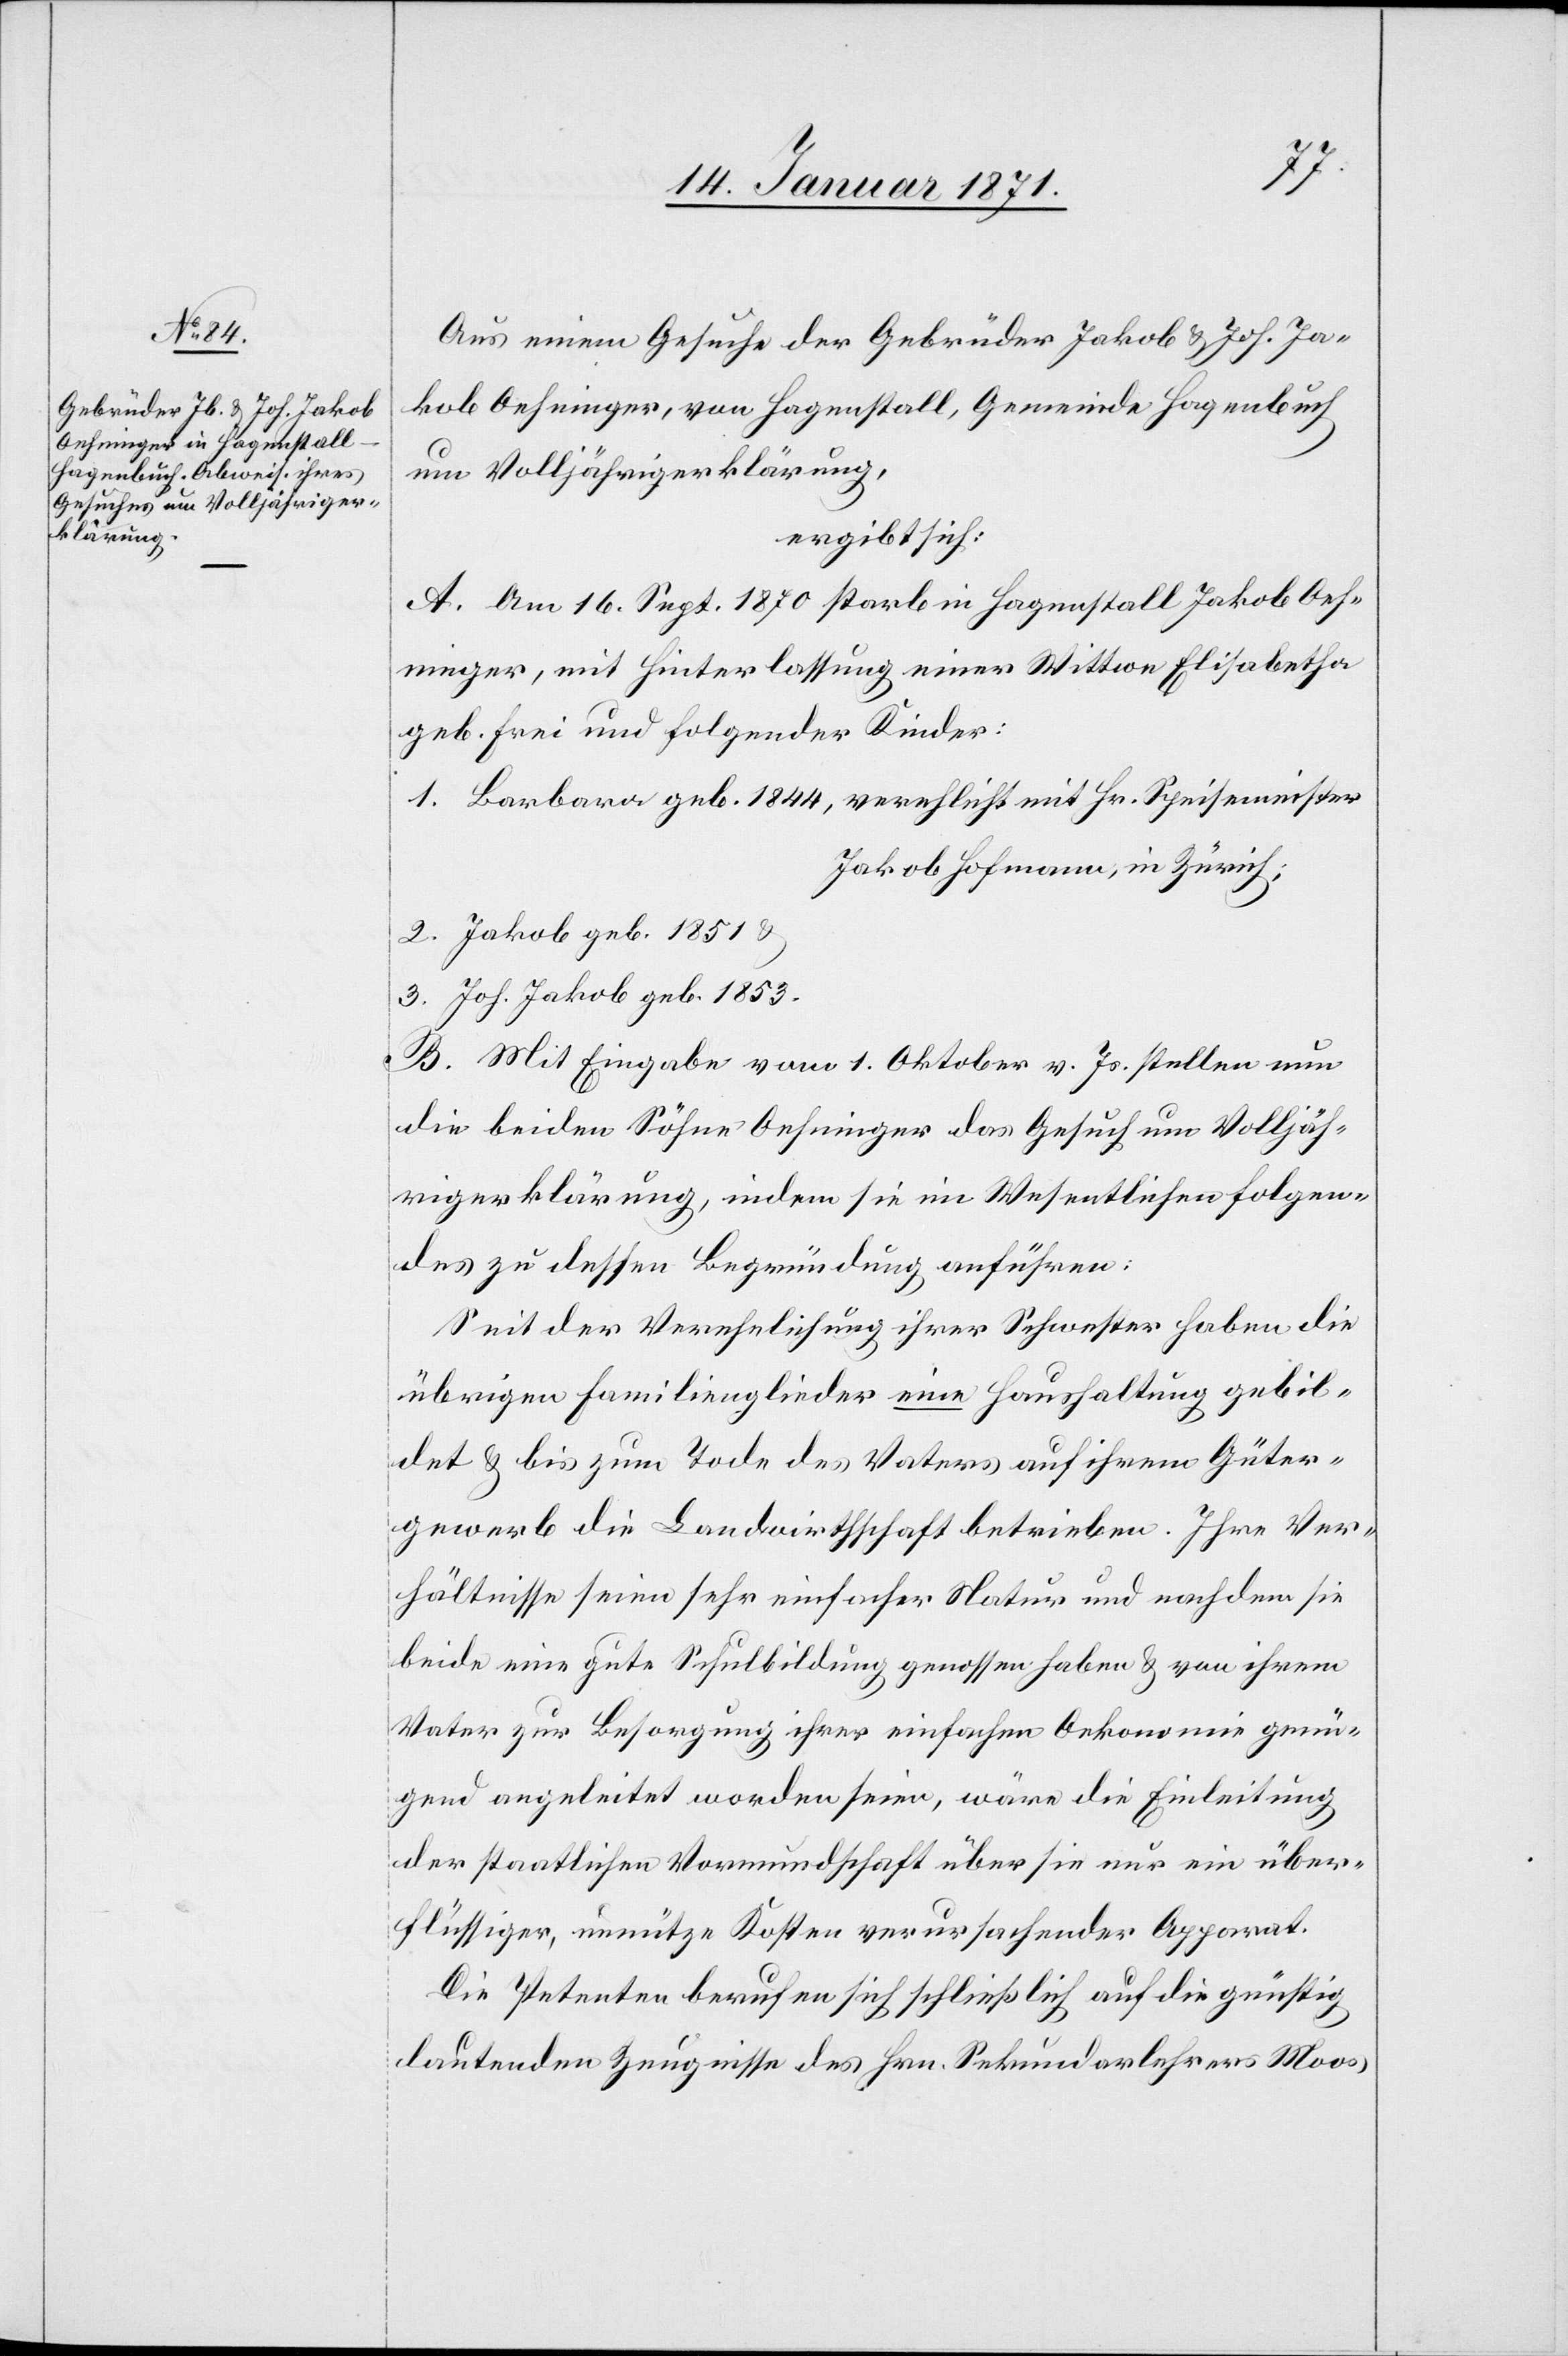
Aus einem Gesuche der Gebrüder Jakob u. Joh. Ja¬
kob Oehninger, von Hagenstall, Gemeinde Hagenbuch,
um Volljährigerklärung,
ergibt sich:
A. Am 16. Sept. 1870 starb in Hagenstall Jakob Oeh¬
ninger, mit Hinterlassung einer Wittwe Elisabeth
geb. Frei und folgender Kinder:
1. Barbara geb. 1844, verehlicht mit Hr. Speisemeister
Jakob Hofmann, in Zürich:
2. Jakob geb. 1851 u.
3. Joh. Jakob geb. 1853
B. Mit Eingabe vom 1. Oktober v. Js. stellen nun
die beiden Söhne Oehninger das Gesuch um Volljäh¬
rigerklärung, indem sie im Wesentlichen folgen¬
des zu dessen Begründung anführen:
Seit der Verehelichung ihrer Schwester haben die
übrigen Familienglieder eine Haushaltung gebil¬
det u. bis zum Tode des Vaters auf ihrem Güter¬
gewerb die Landwirtschaft betrieben. Ihre Ver¬
hältnisse seien sehr einfacher Natur und nachdem sie
beide eine gute Schulbildung genossen haben u. von ihrem
Vater zur Besorgung ihrer einfachen Oekonomie genü¬
gend angeleitet worden seien, wäre die Einleitung
der staatlichen Vormundschaft über sie nur ein über¬
flüssiger, unnütze Kosten verursachender Apparat.
Die Petenten berufen sich schließlich auf die günstig
lautenden Zeugnisse des Hrn. Sekundarlehrers Moos